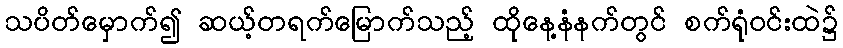
သပိတ်မှောက်၍ ဆယ့်တရက်မြောက်သည့် ထိုနေ့နံနက်တွင် စက်ရုံဝင်းထဲ၌